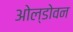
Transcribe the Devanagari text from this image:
ओल्डोवन